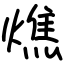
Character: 燋